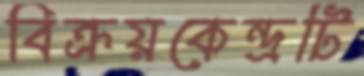
বিক্রয়কেন্দ্রটি